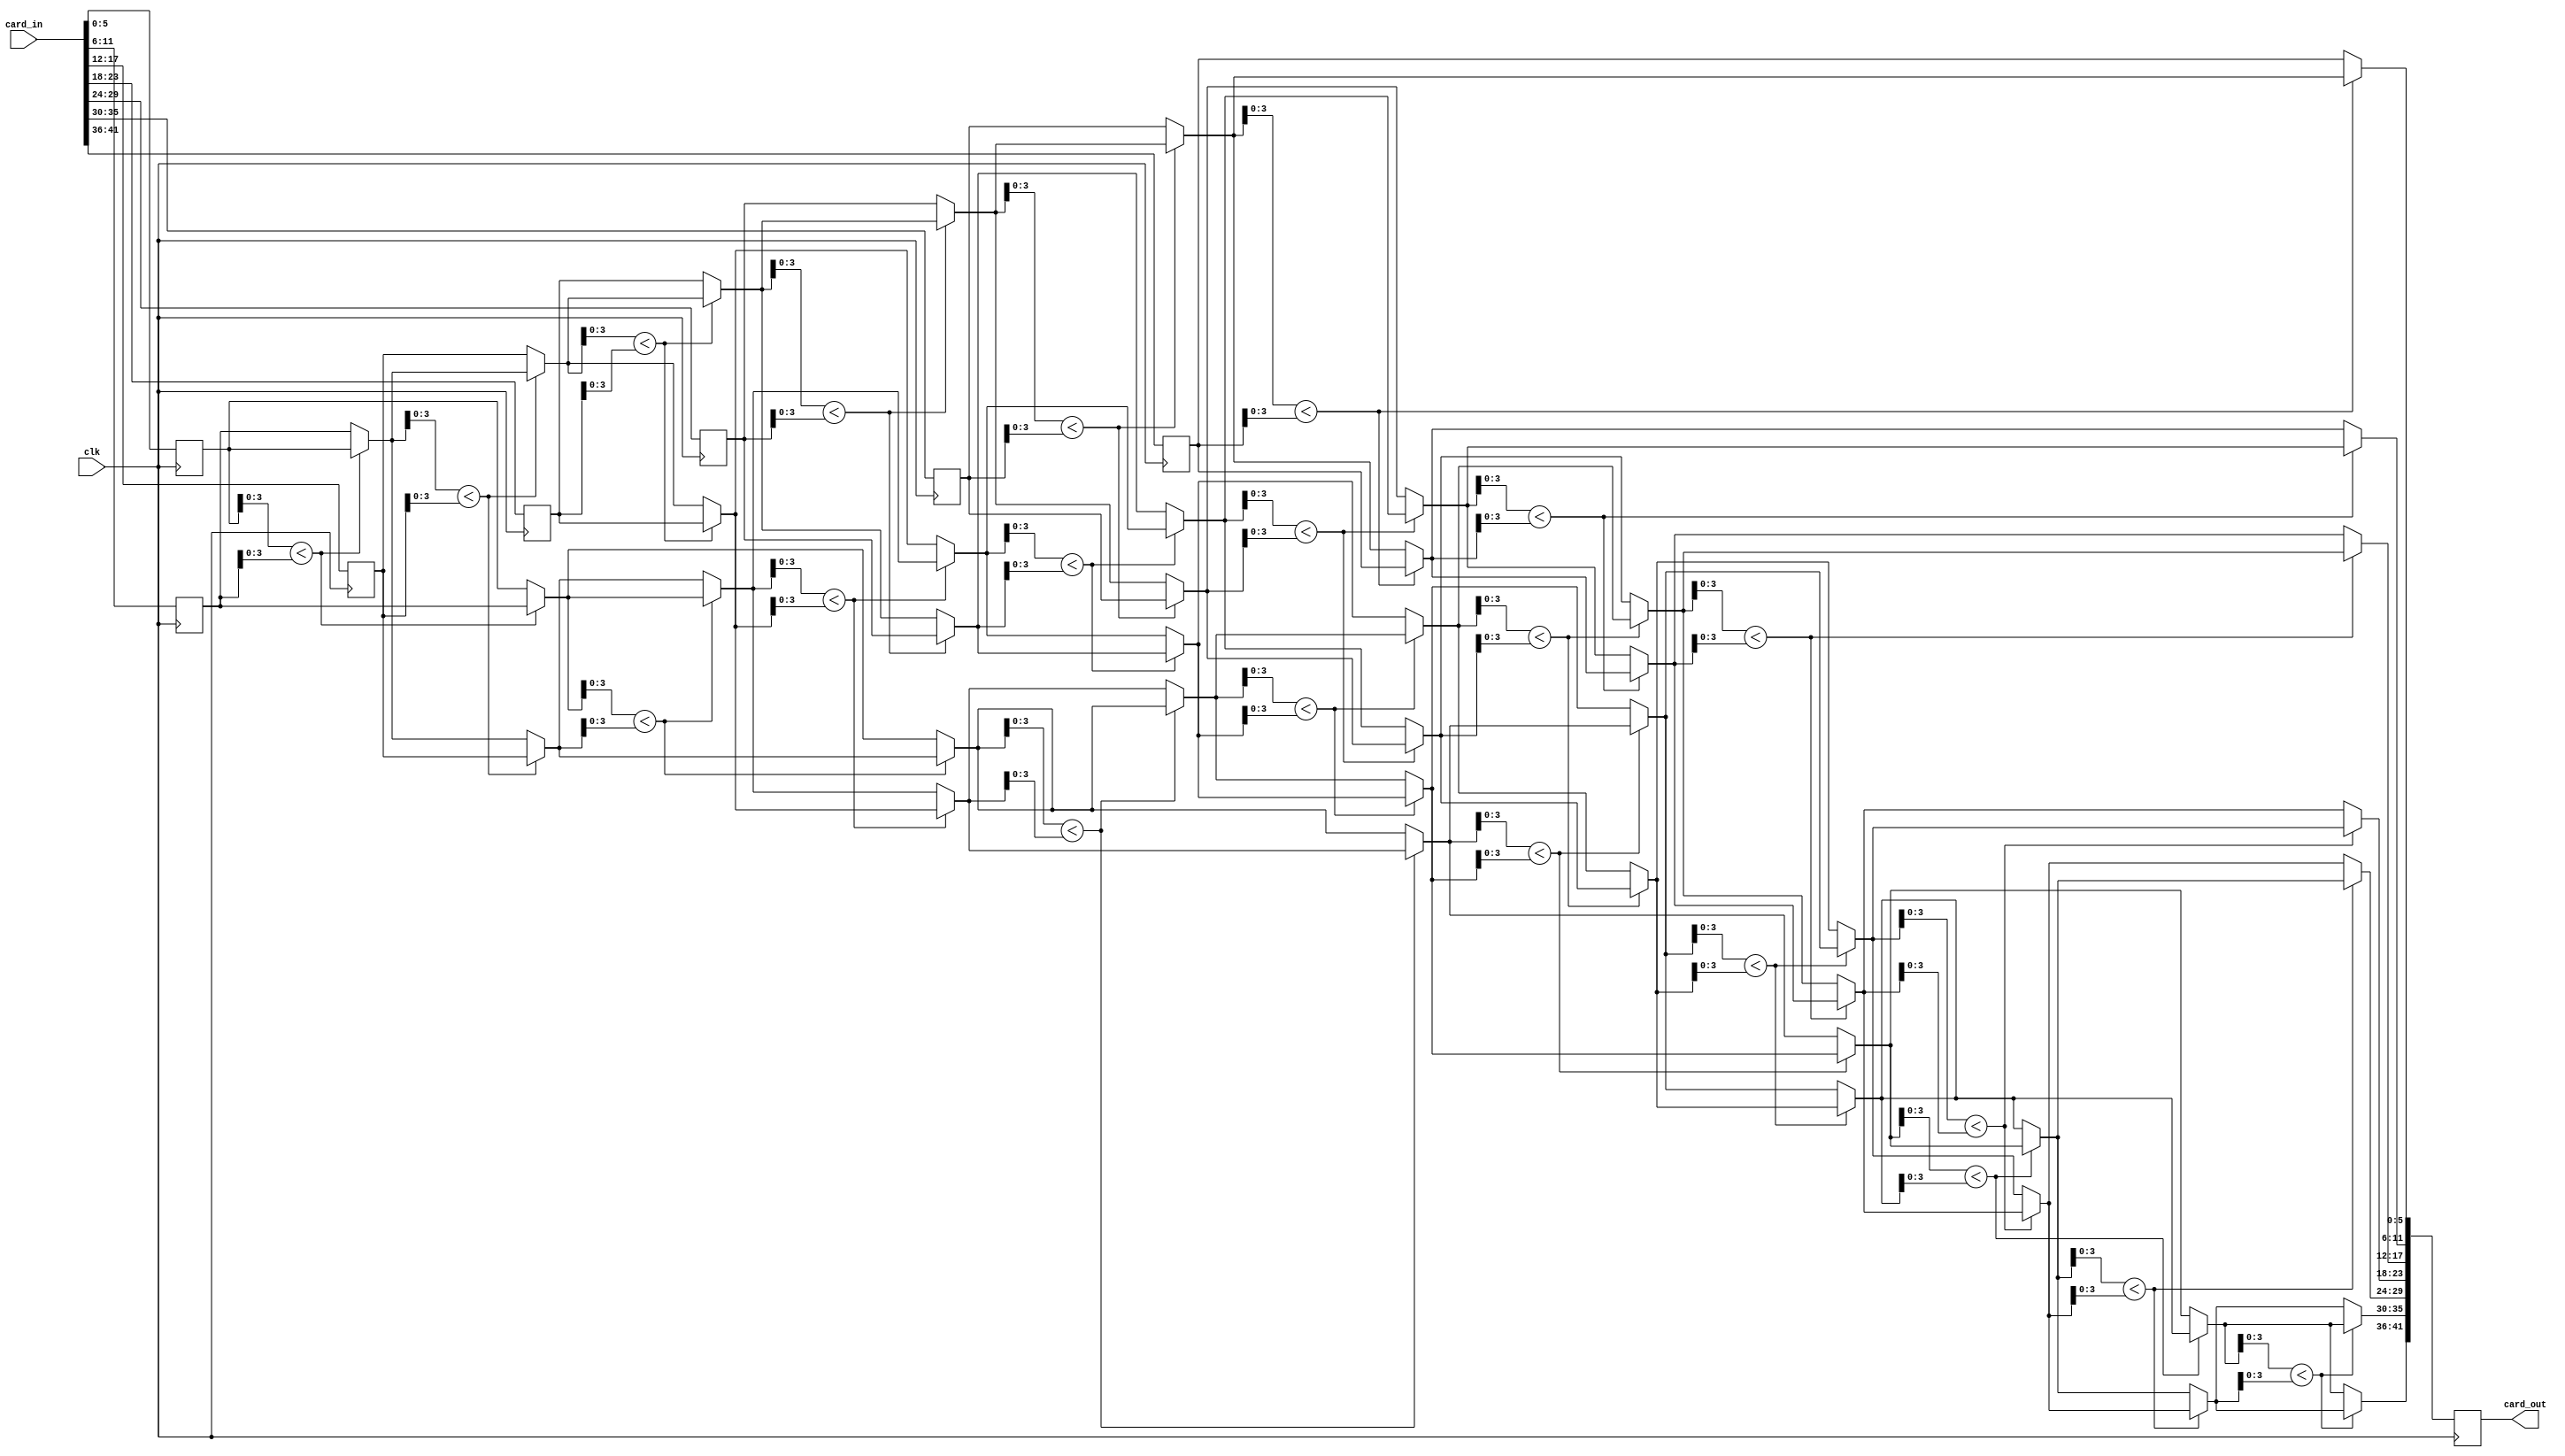
//sort cards
module sort (input  wire clk,input  wire[41:0] card_in, output reg[41:0] card_out);
	reg [5:0] dat1, dat2, dat3, dat4, dat5, dat6, dat7;
	always @(posedge clk)
		begin
			dat1 <= card_in[5:0];
			dat2 <= card_in[11:6];
			dat3 <= card_in[17:12];
			dat4 <= card_in[23:18];
			dat5 <= card_in[29:24];
			dat6 <= card_in[35:30];
			dat7 <= card_in[41:36];
		end
	integer i, j;
	reg [5:0] temp;
	reg [5:0] array [1:7];
	always @(*)
		begin
			array[1] = dat1;
			array[2] = dat2;
			array[3] = dat3;
			array[4] = dat4;
			array[5] = dat5;
			array[6] = dat6;
			array[7] = dat7;
			temp = 6'd0;
			for (i = 7; i > 0; i = i - 1) 
				begin
					for (j = 1 ; j < i; j = j + 1) 
						begin
							if (array[j][3:0] < array[j + 1][3:0])
								begin
									temp = array[j];
									array[j] = array[j + 1];
									array[j + 1] = temp;
								end 			
						end
				end 
		end
	always @(posedge clk)
		begin
			card_out[41:36] <= array[1];
			card_out[35:30] <= array[2];
			card_out[29:24] <= array[3];
			card_out[23:18] <= array[4];
			card_out[17:12] <= array[5];
			card_out[11:6] <= array[6];
			card_out[5:0] <= array[7];
		end
endmodule